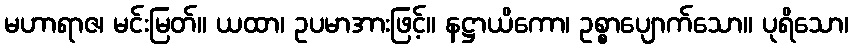
မဟာရာဇ၊ မင်းမြတ်။ ယထာ၊ ဥပမာအားဖြင့်။ နဋ္ဌာယိကော၊ ဥစ္စာပျောက်သော။ ပုရိသော၊